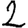
Digit: 2